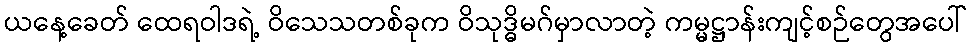
ယနေ့ခေတ် ထေရဝါဒရဲ့ ဝိသေသတစ်ခုက ဝိသုဒ္ဓိမဂ်မှာလာတဲ့ ကမ္မဋ္ဌာန်းကျင့်စဉ်တွေအပေါ်